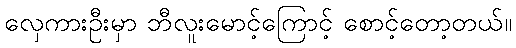
လှေကားဦးမှာ ဘီလူးမောင့်ကြောင့် စောင့်တော့တယ်။